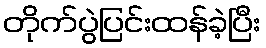
တိုက်ပွဲပြင်းထန်ခဲ့ပြီး